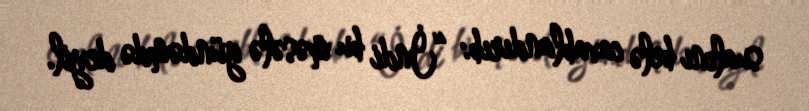
sualını belə cavablandırıb: “İndi bu məsələ gündəmdə deyil.